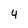
Character: 4